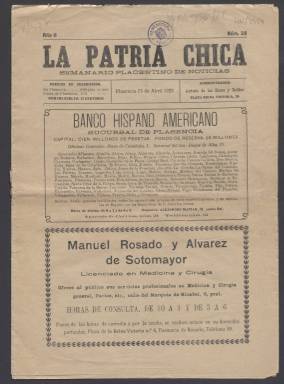
Título: La Patria chica (Plasencia)
Colección: Periódicos
Ámbito geográfico: Cáceres
Lugar de publicación: Plasencia
Fechas: 01/01/1929-29/04/1929